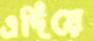
এদিয়ে